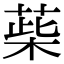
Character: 䓱